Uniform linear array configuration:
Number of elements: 24
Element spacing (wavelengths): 1
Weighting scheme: hann
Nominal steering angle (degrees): -60
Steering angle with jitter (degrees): -61.395
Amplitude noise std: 0.05
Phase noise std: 0.05

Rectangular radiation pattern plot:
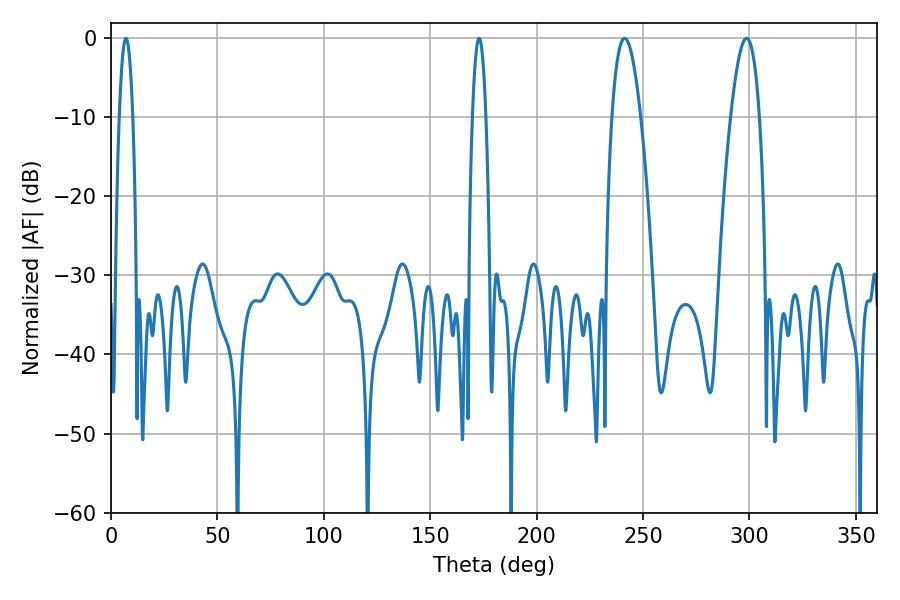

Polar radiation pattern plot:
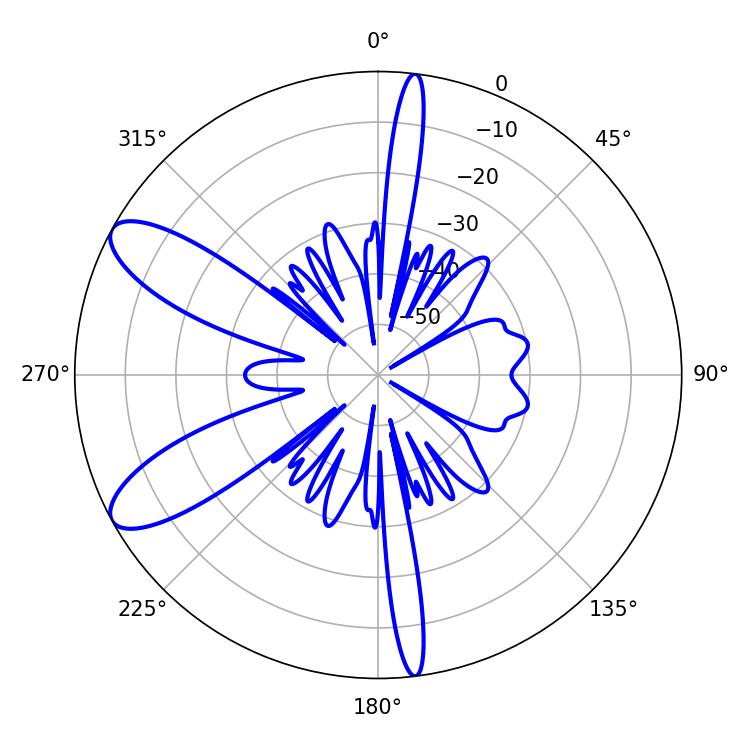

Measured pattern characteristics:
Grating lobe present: TRUE
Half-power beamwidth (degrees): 3.6
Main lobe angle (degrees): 7.02